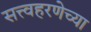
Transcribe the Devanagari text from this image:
सत्त्वहरणेच्या